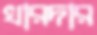
খারদার